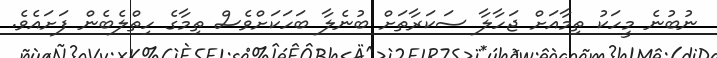
ނުބުނެ މީހަކު ތިމާއަށް ޖަހާލާ ސަކަރާތަށް ބުނެލާ ބަހަކަށްވެސް ތިމާގެ ހިތްލެބެން ފަށައެވެ.